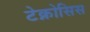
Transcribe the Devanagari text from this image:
टेक्नोसिस